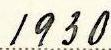
1930